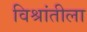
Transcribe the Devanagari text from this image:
विश्रांतीला